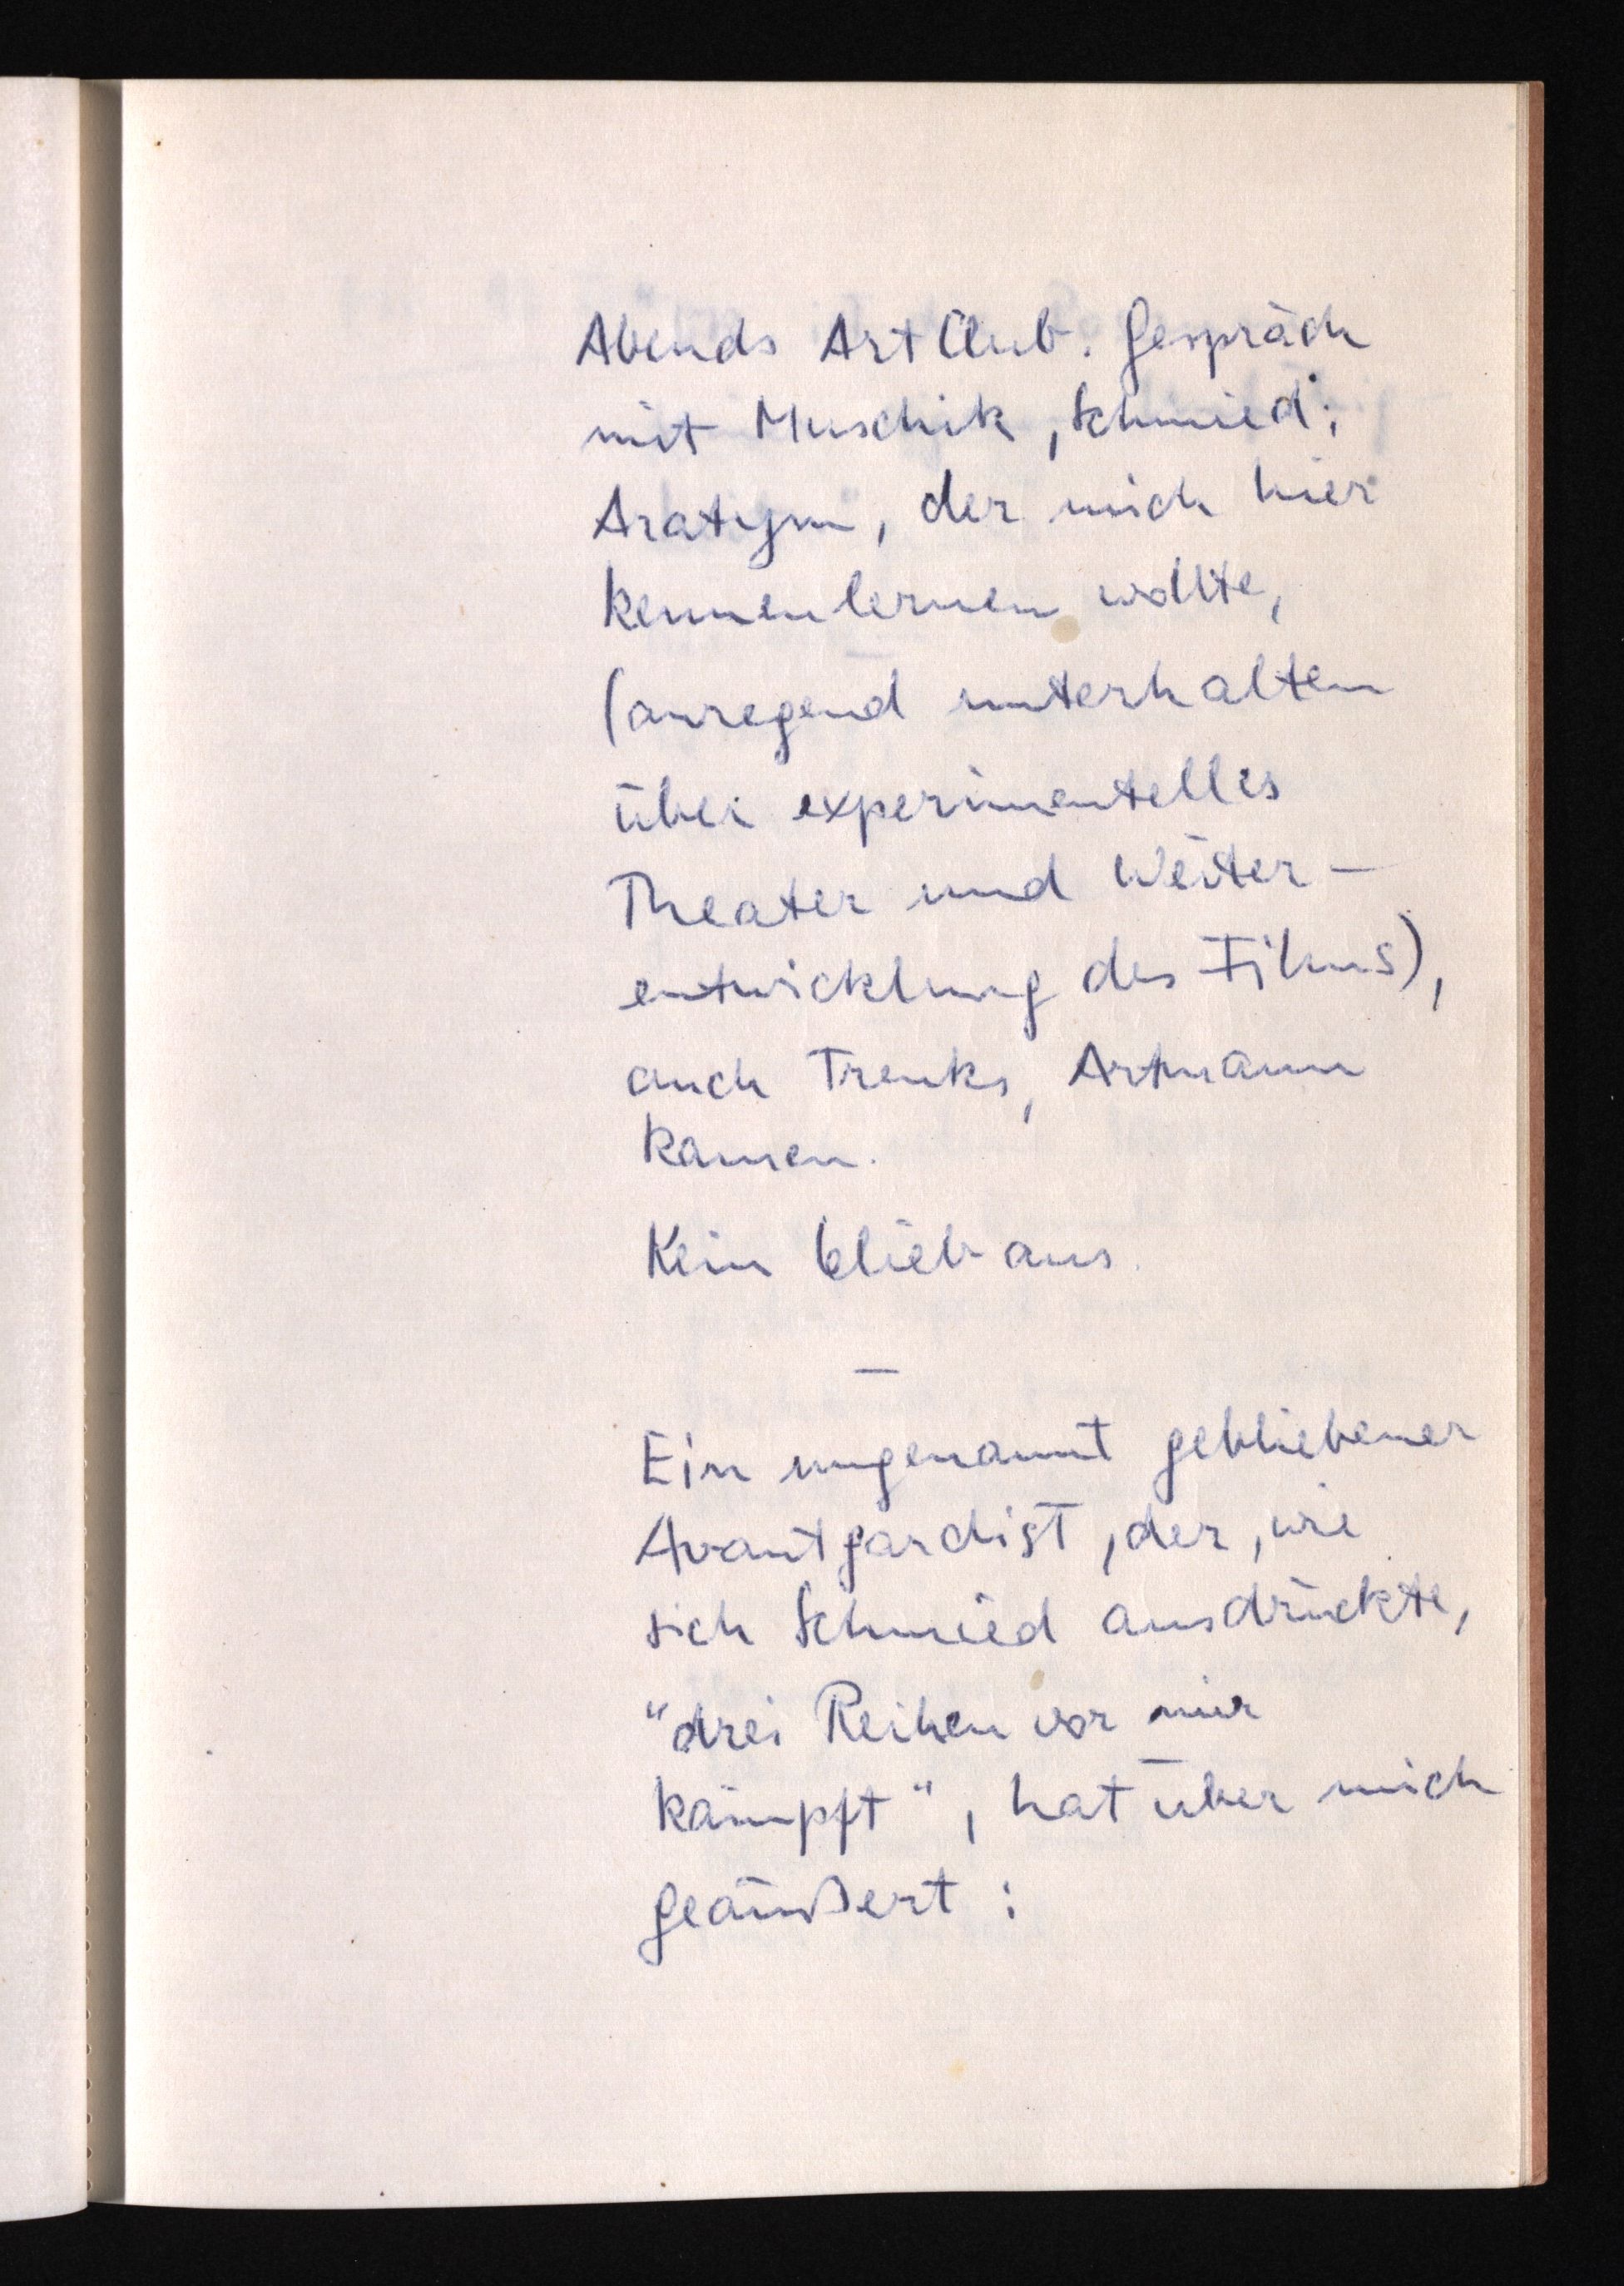
Abends Art Club. Gespräch
mit Muschik, Schmied,
Aratym, der mich hier
kennenlernen wollte,
(anregend unterhalten
über experimentelles
Theater und Weiter¬
entwicklung des Films),
auch Trenks, Artmann
kamen.
Kein blieb aus.
Ein ungenannt gebliebener
Avantgardist, der, wie
sich Schmied ausdrückte,
"drei Reihen vor mir
kämpft", hat über mich
geäußert: